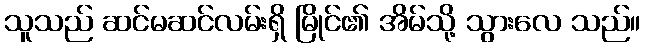
သူသည် ဆင်မဆင်လမ်းရှိ မြိုင်၏ အိမ်သို့ သွားလေ သည်။